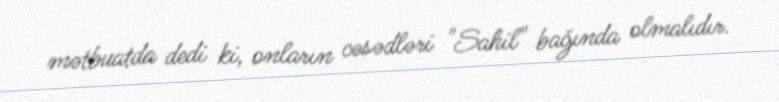
mətbuatda dedi ki, onların cəsədləri "Sahil" bağında olmalıdır.